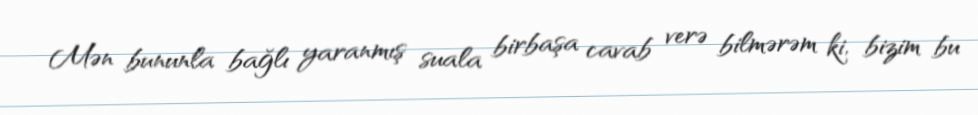
Mən bununla bağlı yaranmış suala birbaşa cavab verə bilmərəm ki, bizim bu